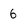
Character: 6